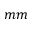
m m